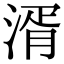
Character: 湑